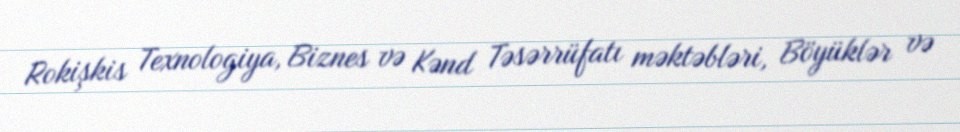
Rokişkis Texnologiya, Biznes və Kənd Təsərrüfatı məktəbləri, Böyüklər və